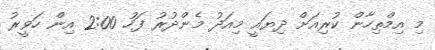
މި އިމްތިހާން ކުރިއަށް ދިޔައީ މިއަދު މެންދުރު ފަހު 2:00 އިން ހަވީރު